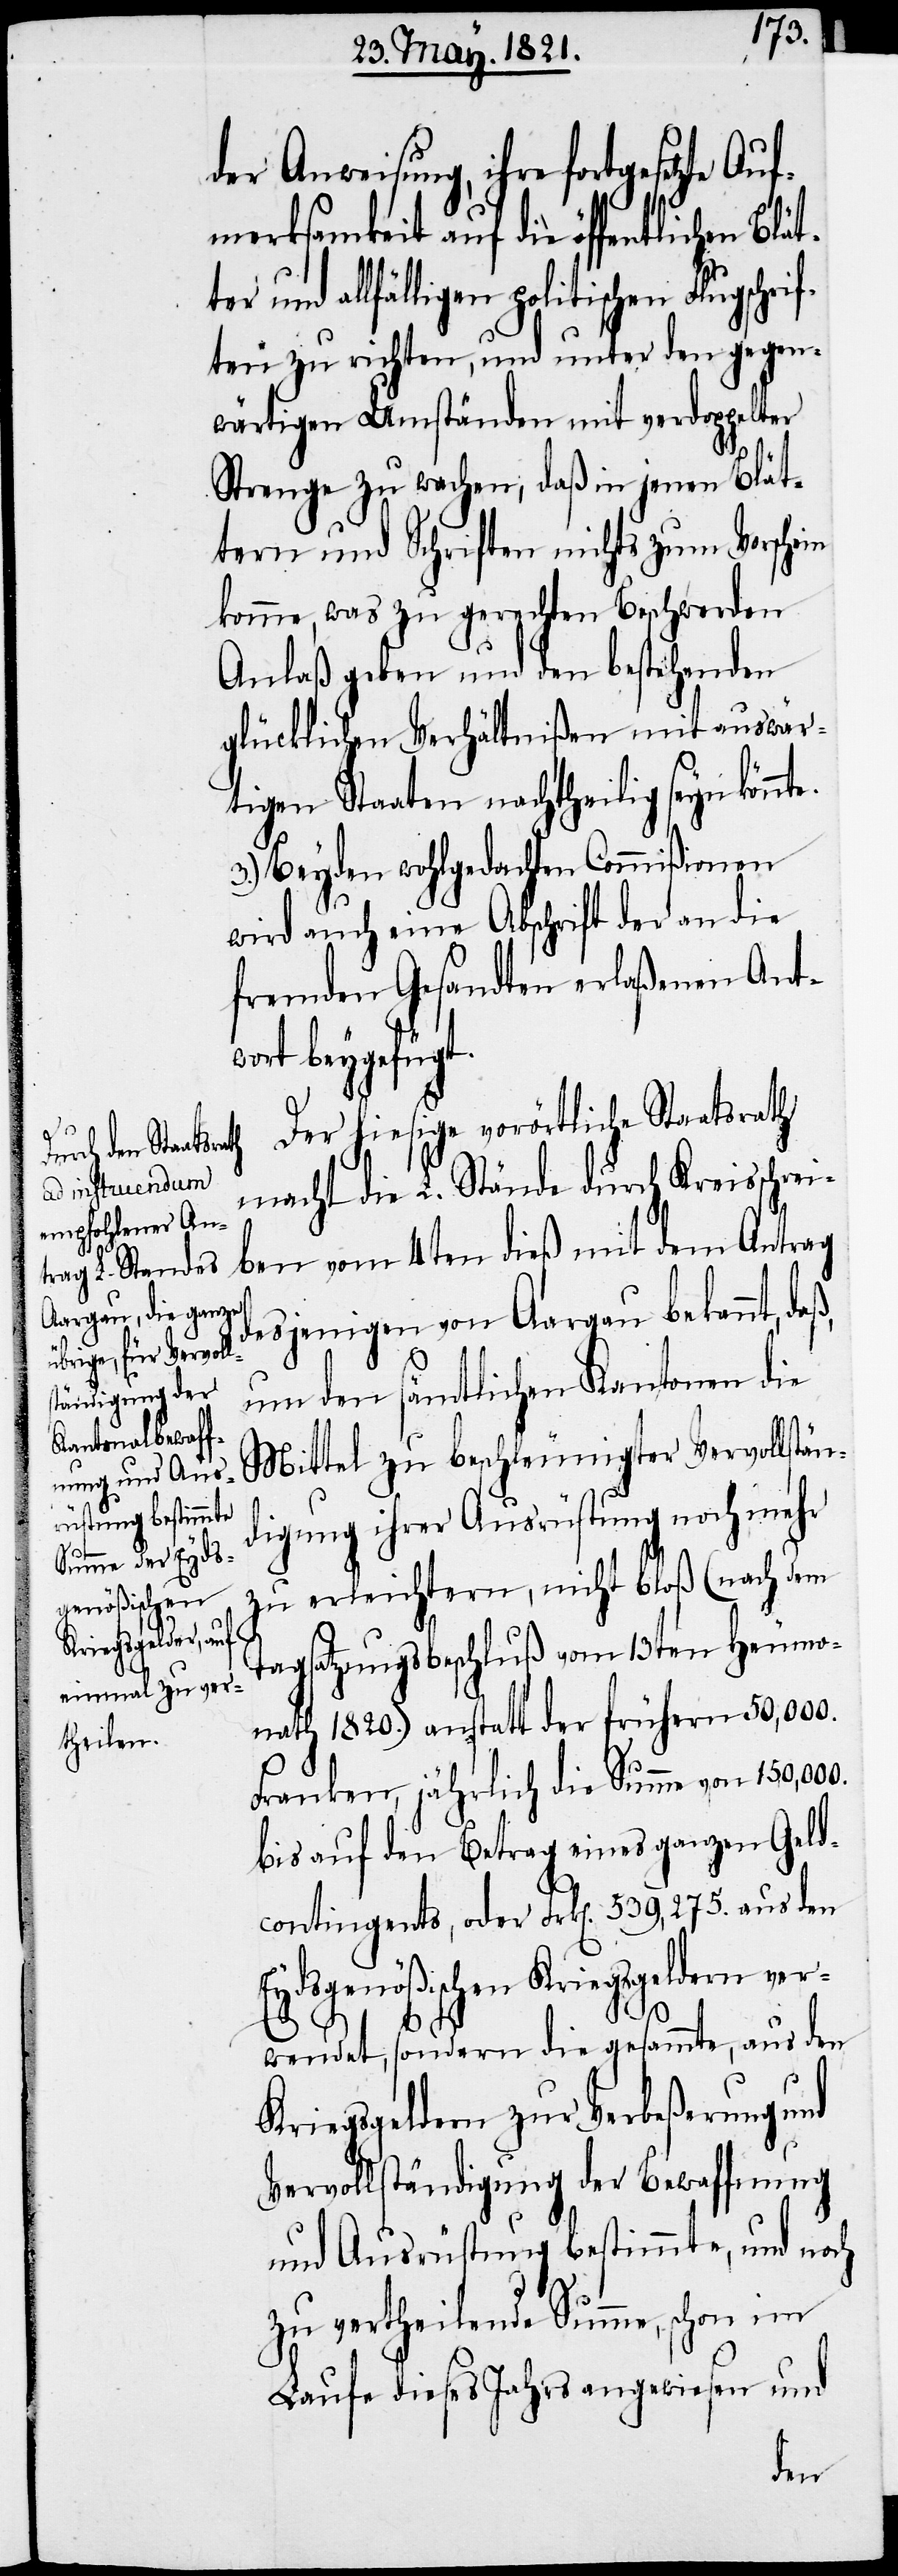
e.

der Anweisung, ihre fortgesetzte Au¬
fmerksamkeit auf die öffentlich¬
nd allfälligen politischen Flugsch¬
ten zu richten, und unter den gegen¬
wärtigen Umständen mit verdoppelter
Strenge zu wachen, daß in jenen Blät¬
tern und Schriften nichts zum Vorschein
komme, was zu gerechten Beschwerden
Anlaß geben und den bestehenden
glücklichen Verhältnißen mit auswär¬
tigen Staaten nachtheilig seyn könnt¬
3.) Beyden wohlgedachten Commißionen
wird auch eine Abschrift der an die
fremden Gesandten erlaßenen Ant¬
wort beygefügt.
Der hiesige vorörtliche Staatsrath
macht die L. Stände durch Kreisschrei¬
ben vom 4ten dieß mit dem Antrag
desjenigen von Aargau bekannt,
um den sämtlichen Kantonen die
Mittel zu beschleunigter Vervollstän¬
digung ihrer Ausrüstung noch mehr
zu erleichtern, nicht bloß (nach dem
Tagsatzungsbeschluß vom 13ten Heumo¬
nath 1820.) anstatt der frühern 50,000.
Franken, jährlich die Summe von
bis auf den Betrag eines ganzen Geld¬
contingents, oder 539,275. aus den
Eydsgenößischen Kriegsgeldern ver¬
wendet, sondern die gesammte, aus den
Kriegsgeldern zu Verbeßerung und
Vervollständigung der Bewaffnung
und Ausrüstung bestimmte, und noch
zu vertheilende Summe, schon im
Laufe dieses Jahrs angewiesen und
en